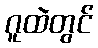
ဂူထဲတွင်